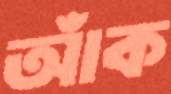
আঁক